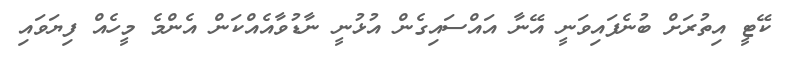
ކޭޓީ އިތުރަށް ބުނެފައިވަނީ އޭނާ އައްސައިގެން އުޅުނީ ނާޑުވާއެއްކަން އެންމެ މީހެއް ފިޔަވައި